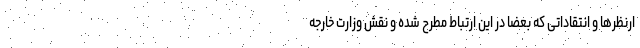
ارنظرها و انتقاداتی که بعضا در این ارتباط مطرح شده و نقش وزارت خارجه